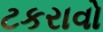
ટકરાવો